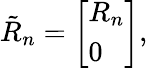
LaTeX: {\tilde{R}}_{n}={\left[\begin{array}{l}{R_{n}}\\ {0}\end{array}\right]},